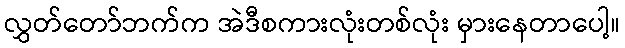
လွှတ်တော်ဘက်က အဲဒီစကားလုံးတစ်လုံး မှားနေတာပေါ့။